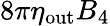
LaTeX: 8\pi\eta_{\mathrm{out}}B_{4}